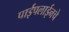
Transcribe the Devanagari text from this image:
पाईपलाईनचे